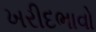
ખરીદભાવો